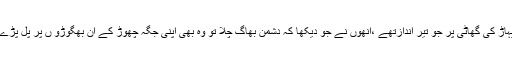
پہاڑ کی گھاٹی پر جو تیر اندازتھے ،انھوں نے جو دیکھا کہ دشمن بھاگ چلا تو وہ بھی اپنی جگہ چھوڑ کے ان بھگوڑو ں پر پل پڑے۔